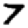
Digit: 7